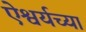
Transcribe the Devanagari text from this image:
ऐश्वर्यच्या